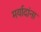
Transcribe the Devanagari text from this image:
मर्यादांना